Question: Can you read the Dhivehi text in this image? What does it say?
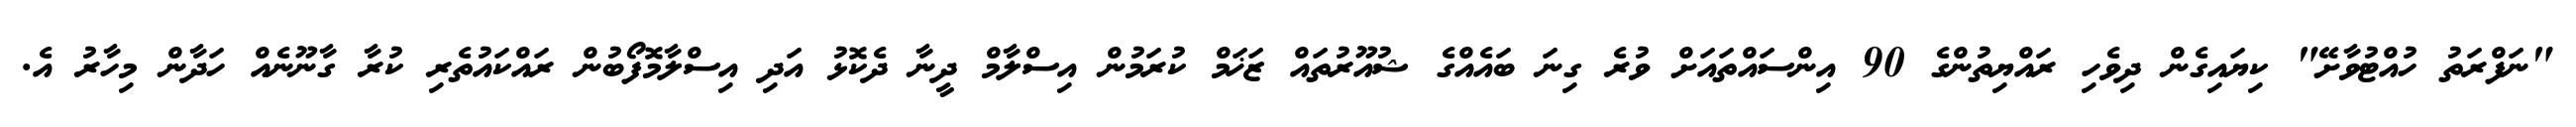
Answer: "ނަފްރަތު ހުއްޓުވާށޭ" ކިޔައިގެން ދިވެހި ރައްޔިތުންގެ 90 އިންސައްތައަށް ވުރެ ގިނަ ބައެއްގެ ޝުއޫރުތައް ޒަޚަމް ކުރަމުން އިސްލާމް ދީނާ ދެކޮޅު އަދި އިސްލާމޮފޯބުން ރައްކައުތެރި ކުރާ ގާނޫނެއް ހަދާން މިހާރު އެ.